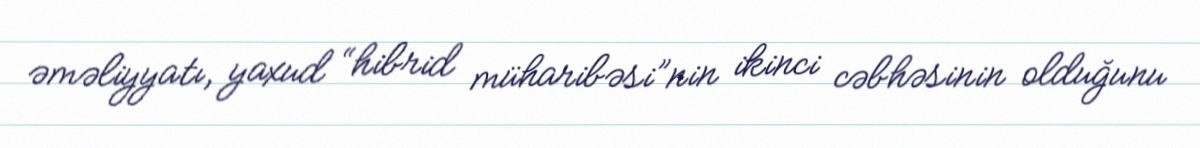
əməliyyatı, yaxud “hibrid müharibəsi”nin ikinci cəbhəsinin olduğunu